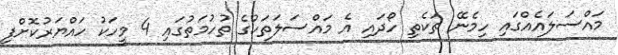
މައްސަލައެއްގައި ހިމެނޭ ތަކެތި ހޯދައި އެ މައްސަލަތަކުގެ ތުހުމަތުގައި 4 މީހަކު ހައްޔަރުކޮށްފި